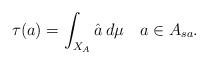
LaTeX: \begin{align*} \tau(a) = \int_{X_A} \hat a\,d\mu \quad a\in A_{sa}.\end{align*}